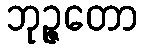
ဘုဉ္ဇတော